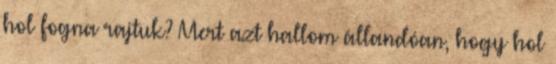
hol fogna rajtuk? Mert azt hallom állandóan, hogy hol